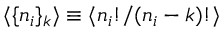
\langle \lbrace n _ { i } \rbrace _ { k } \rangle \equiv \langle n _ { i } ! / ( n _ { i } - k ) ! \rangle